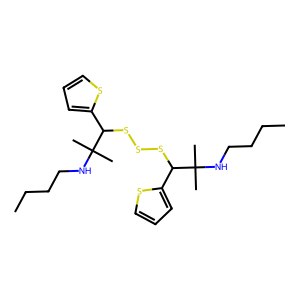
SMILES: CCCCNC(C)(C)C(SSSC(c1cccs1)C(C)(C)NCCCC)c1cccs1
Inhibits HIV replication: No